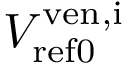
V _ { \mathrm { r e f 0 } } ^ { \mathrm { v e n , i } }